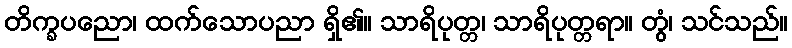
တိက္ခပညော၊ ထက်သောပညာ ရှိ၏။ သာရိပုတ္တ၊ သာရိပုတ္တရာ။ တွံ၊ သင်သည်။